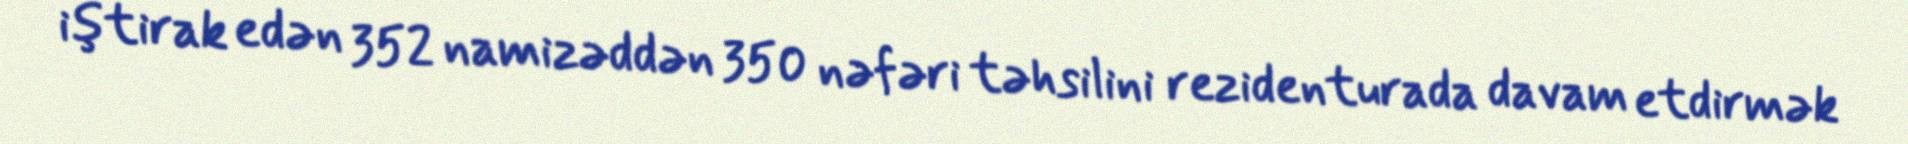
iştirak edən 352 namizəddən 350 nəfəri təhsilini rezidenturada davam etdirmək